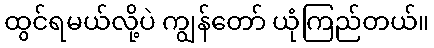
ထွင်ရမယ်လို့ပဲ ကျွန်တော် ယုံကြည်တယ်။